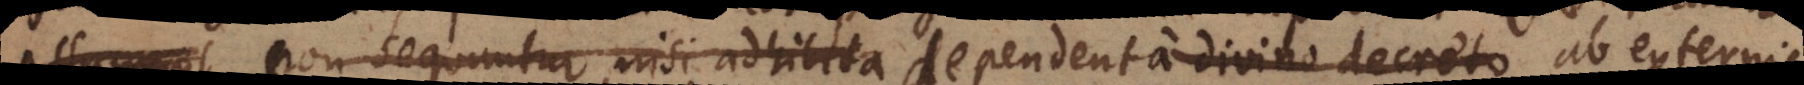
assumant non sequuntur, nisi adhibita dependent a divino decreto ab externis